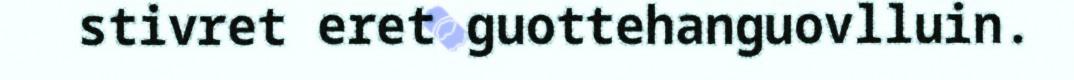
stivret eret guottehanguovlluin.